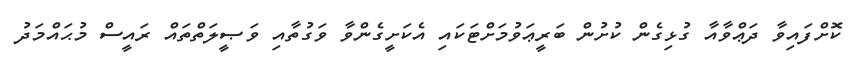
ކޮށްފައިވާ ދަޢްވާއާ ގުުޅިގެން ކުށުން ބަރީޢަވުމަށްޓަކައި އެކަށީގެންވާ ވަގުތާއި ވަޞީލަތްތައް ރައީސް މުޙައްމަދު